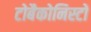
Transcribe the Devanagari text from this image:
टोबैकोनिस्टों